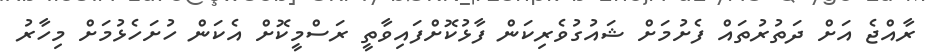
ރާއްޖެ އަށް ދަތުރުތައް ފެށުމަށް ޝައުގުވެރިކަން ފާޅުކޮށްފައިވާތީ ރަސްމީކޮށް އެކަން ހުށަހެޅުމަށް މިހާރު